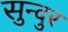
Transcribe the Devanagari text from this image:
सुन्दुर